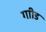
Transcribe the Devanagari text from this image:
गाीड